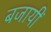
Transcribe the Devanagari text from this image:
बजायीं